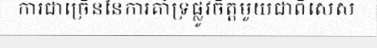
ការជាច្រើននៃការគាំទ្រផ្លូវចិត្តមួយជាពិសេស